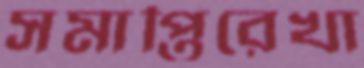
সমাপ্তিরেখা